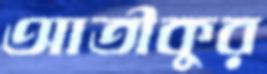
আতীকুর